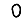
Digit: 0